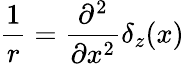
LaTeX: \frac{1}{r}=\frac{\partial^{2}}{\partial x^{2}}\delta_{z}(x)